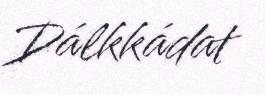
Dálkkádat